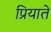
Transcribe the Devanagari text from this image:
प्रियाते